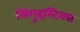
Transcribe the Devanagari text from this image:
लिंगुइस्टिक्स